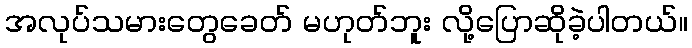
အလုပ်သမားတွေခေတ် မဟုတ်ဘူး လို့ပြောဆိုခဲ့ပါတယ်။